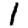
Digit: 1